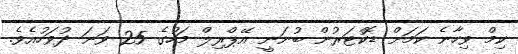
ކިމް ވިހާނެ ކަމަށް ޑޮކްޓަރުން ބުނަނީ އޭޕްރިލް މަހުގެ 25 ވަނަ ދުވަހުއެވެ.